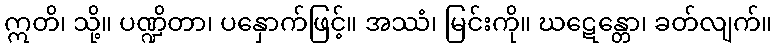
ဣတိ၊ သို့။ ပဏ္ဍိတာ၊ ပနှောက်ဖြင့်။ အဿံ၊ မြင်းကို။ ဃဋေန္တော၊ ခတ်လျက်။